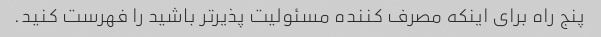
پنج راه برای اینکه مصرف کننده مسئولیت پذیرتر باشید را فهرست کنید.